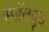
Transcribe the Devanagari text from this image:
स्मॉलवुड